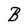
Character: B